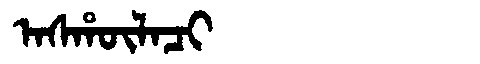
Manchu: ᠠᠰᡥᡡᠯᠠᠴᡳ
Romanization: ASHŪLACI